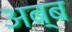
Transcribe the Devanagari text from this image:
अब्ब